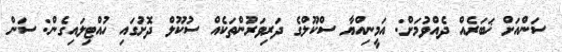
ސަންއަށް ޚަބަރެއް ދެއްވުމަށް: އަމީނިއްޔާ ސްކޫލްގެ ދަރިވަރުންތަކެއް ސުކޫލް ދޮށުގައި ހުއްޓިލައިގެން: ސަން